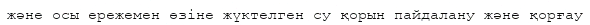
және осы ережемен өзіне жүктелген су қорын пайдалану және қорғау